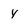
Character: Y